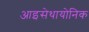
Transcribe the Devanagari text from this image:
आइसेथायोनिक